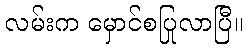
လမ်းက မှောင်စပြုလာပြီ။